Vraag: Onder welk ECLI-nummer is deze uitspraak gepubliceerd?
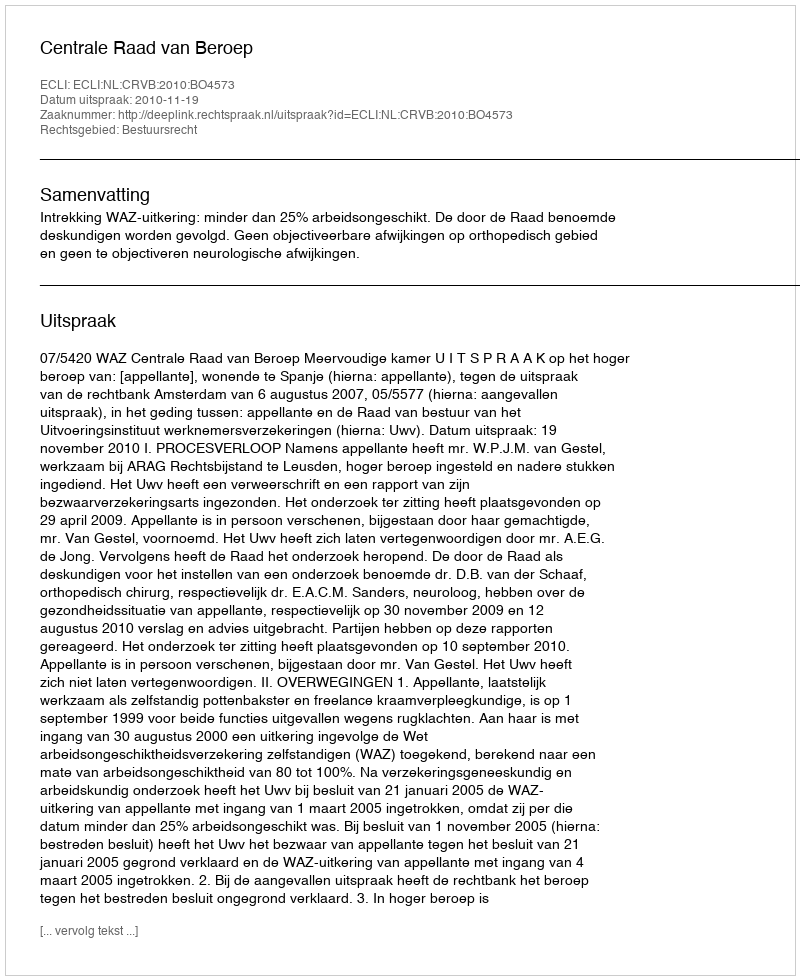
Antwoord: ECLI:NL:CRVB:2010:BO4573